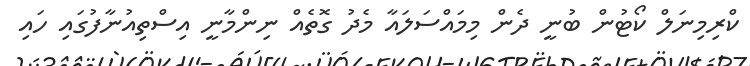
ކްރިމިނަލް ކޯޓުން ބުނީ ދެން މިމައްސަލައާ މެދު ގޮތެއް ނިންމާނީ އިސްތިއުނާފުގައި ހައި